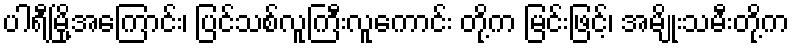
ပါရီမြို့အကြောင်း၊ ပြင်သစ်လူကြီးလူကောင်း တို့က မြင်းဖြင့်၊ အမျိုးသမီးတို့က